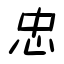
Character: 忠